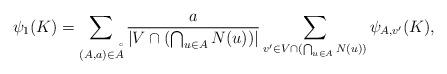
LaTeX: \begin{align*}\psi_1(K)=\sum_{(A,a)\in \AA}\frac{a}{|V\cap(\bigcap_{u\in A}N(u))|}\sum_{v'\in V\cap (\bigcap_{u\in A}N(u))}\psi_{A,v'}(K),\end{align*}